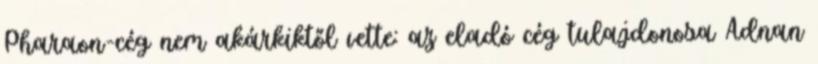
Pharaon-cég nem akárkiktől vette: az eladó cég tulajdonosa Adnan